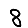
Digit: 8